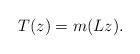
LaTeX: \begin{align*} T(z) = m(Lz).\end{align*}